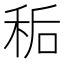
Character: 𫀱